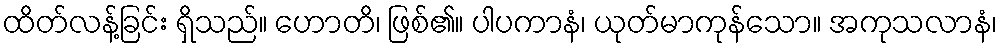
ထိတ်လန့်ခြင်း ရှိသည်။ ဟောတိ၊ ဖြစ်၏။ ပါပကာနံ၊ ယုတ်မာကုန်သော။ အကုသလာနံ၊